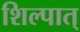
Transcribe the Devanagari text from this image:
शिल्पात्